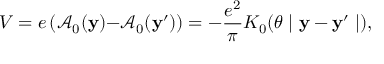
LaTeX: V = e \left( \mathcal { A } _ { 0 } ( \mathbf { y ) - } \mathcal { A } _ { 0 } ( \mathbf { y } ^ { \prime } ) \right) = - \frac { e ^ { 2 } } { \pi } K _ { 0 } ( \theta \mid \mathbf { y - y } ^ { \prime } \mid ) ,